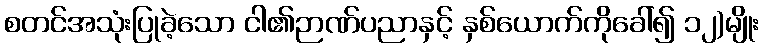
စတင်အသုံးပြုခဲ့သော ငါ၏ဉာဏ်ပညာနှင့် နှစ်ယောက်ကိုခေါ်၍ ၁၂)မျိုး